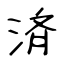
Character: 済